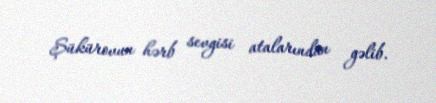
Şükürovun hərb sevgisi atalarından gəlib.